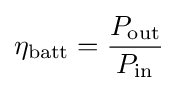
\eta _{\text{batt}}={\frac {P_{\text{out}}}{P_{\text{in}}}}